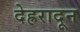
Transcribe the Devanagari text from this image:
देह्ररादून